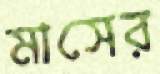
মাসের